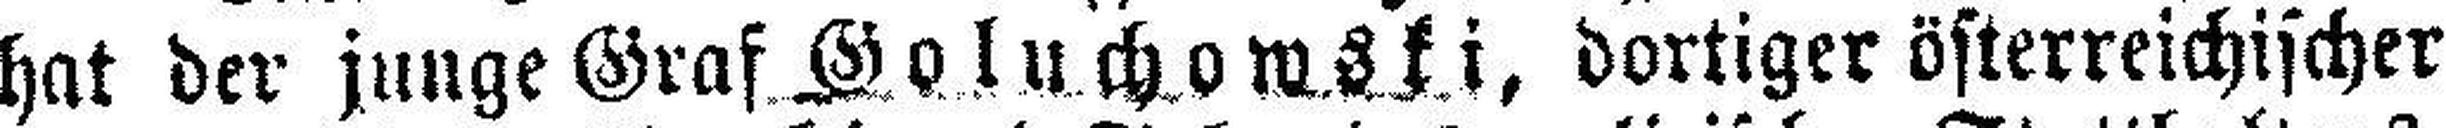
hat der junge Graf Goluchowski, dortiger österreichischer